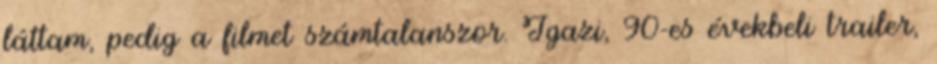
láttam, pedig a filmet számtalanszor. Igazi, 90-es évekbeli trailer,